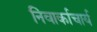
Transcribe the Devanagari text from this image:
निंवार्काचार्य